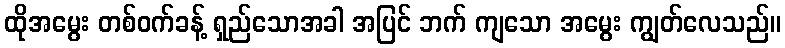
ထိုအမွေး တစ်ဝက်ခန့် ရှည်သောအခါ အပြင် ဘက် ကျသော အမွေး ကျွတ်လေသည်။